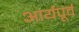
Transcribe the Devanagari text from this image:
आर्यपूर्व